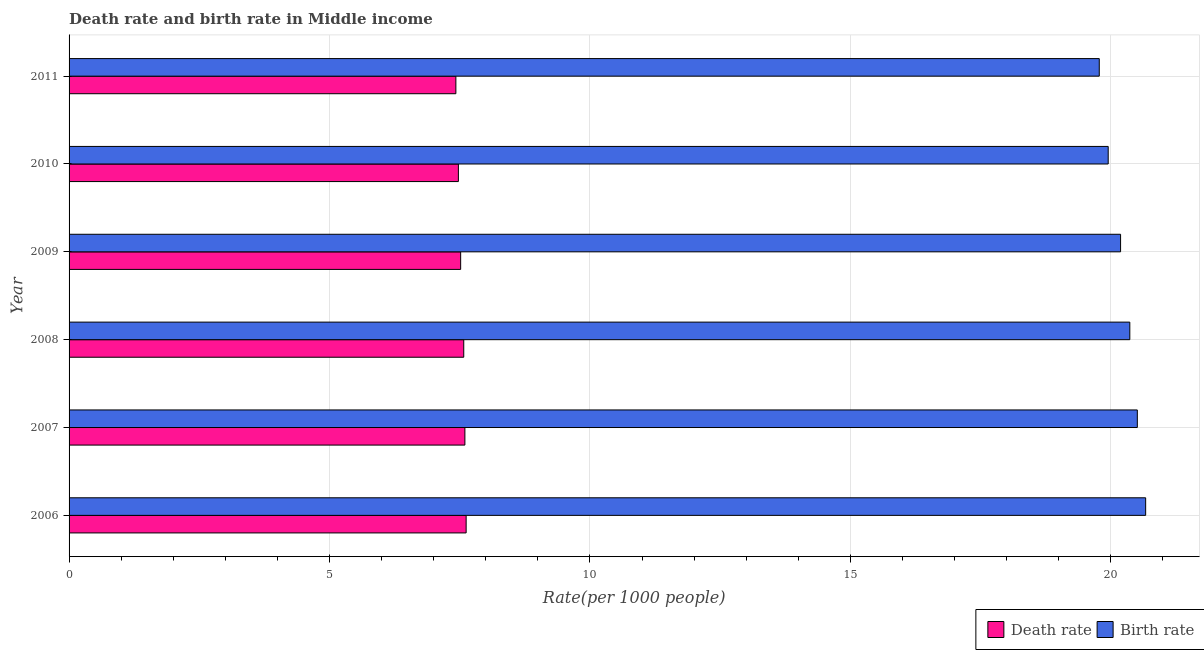
| Year | Death rate | Birth rate |
 | --- | --- | --- |
 | 2006 | 7.62 | 20.7 |
 | 2007 | 7.6 | 20.5 |
 | 2008 | 7.58 | 20.4 |
 | 2009 | 7.52 | 20.2 |
 | 2010 | 7.47 | 19.9 |
 | 2011 | 7.43 | 19.8 |